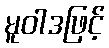
မူဝါဒဖြင့်